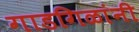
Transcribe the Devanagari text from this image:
गाडगिळांनी